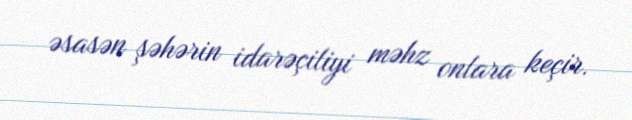
əsasən şəhərin idarəçiliyi məhz onlara keçir.